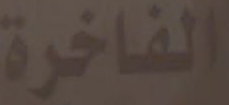
الفاخرة